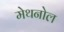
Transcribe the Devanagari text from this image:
मेथनोल